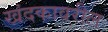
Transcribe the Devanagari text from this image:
खंदकावरील